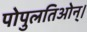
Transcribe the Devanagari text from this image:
पोपुलतिओन्।